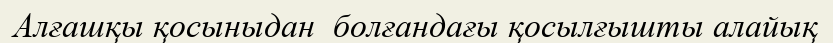
Алғашқы қосыныдан  болғандағы қосылғышты алайық